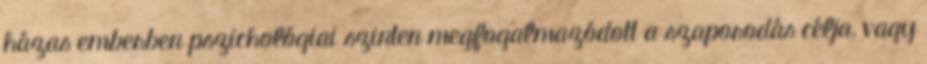
házas emberben pszichológiai szinten megfogalmazódott a szaporodás célja, vagy